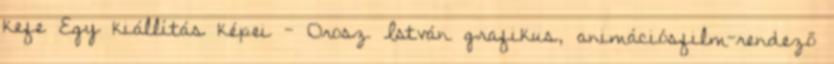
kefe Egy kiállítás képei - Orosz István grafikus, animációsfilm-rendező